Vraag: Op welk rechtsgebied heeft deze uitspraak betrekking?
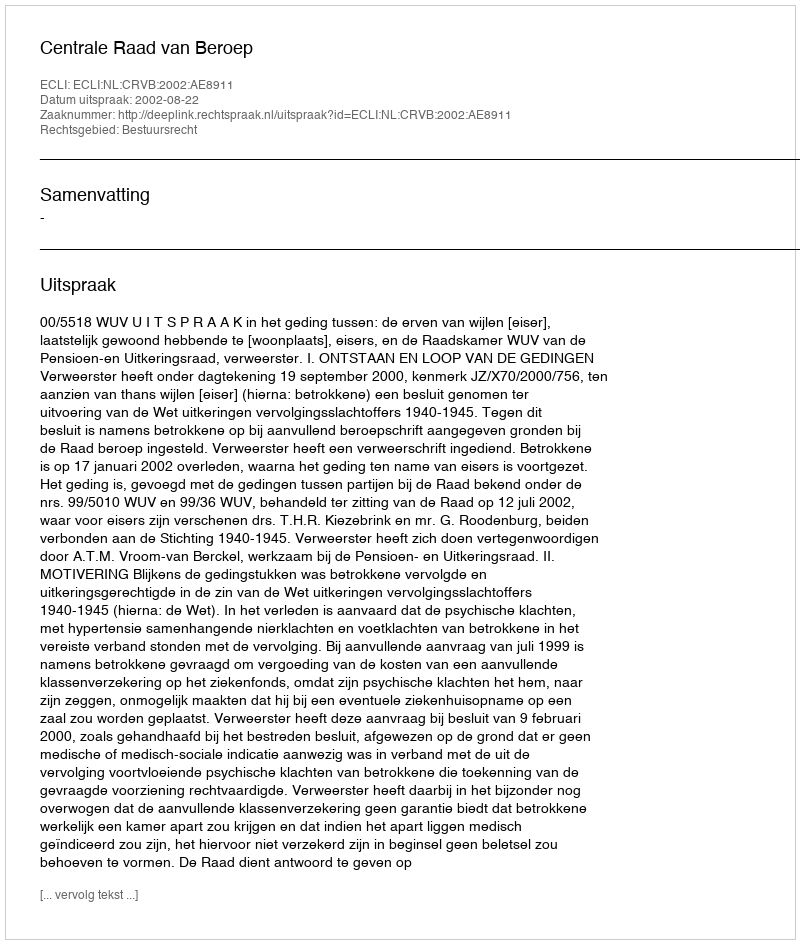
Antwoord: Bestuursrecht